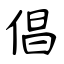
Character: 倡